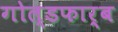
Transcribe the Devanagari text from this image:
गोल्डफार्ब